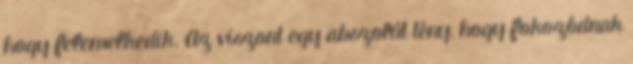
hogy felemelkedik. Az viszont egy abszolút tény, hogy fokozódnak